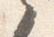
言